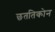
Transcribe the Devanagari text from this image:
छततिकोन